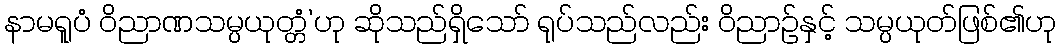
နာမရူပံ ဝိညာဏသမ္ပယုတ္တံ’ဟု ဆိုသည်ရှိသော် ရုပ်သည်လည်း ဝိညာဉ်နှင့် သမ္ပယုတ်ဖြစ်၏ဟု